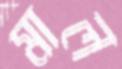
মাল